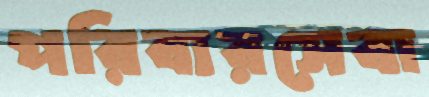
পরিবারসেবা